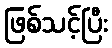
ဖြစ်သင့်ပြီး